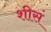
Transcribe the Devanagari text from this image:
शीसं